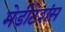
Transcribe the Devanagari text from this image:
मेडीटेशंस